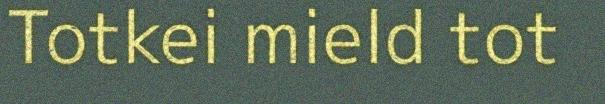
Totkei mield tot